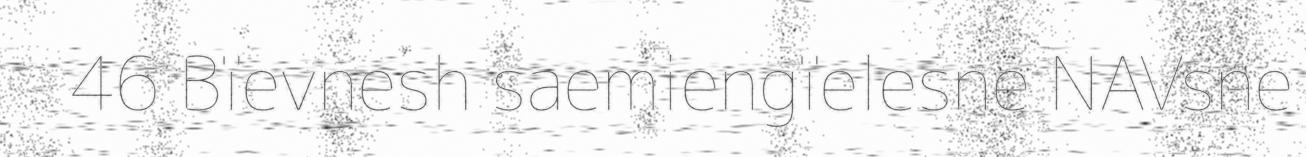
46 Bïevnesh saemiengïelesne NAVsne